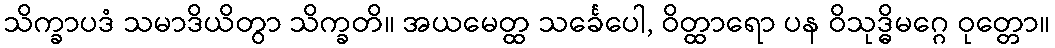
သိက္ခာပဒံ သမာဒိယိတွာ သိက္ခတိ။ အယမေတ္ထ သင်္ခေပေါ, ဝိတ္ထာရော ပန ဝိသုဒ္ဓိမဂ္ဂေ ဝုတ္တော။